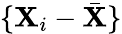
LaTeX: \{ \mathbf{X}_{i}-{\bar{{\mathbf{X}}}}\}